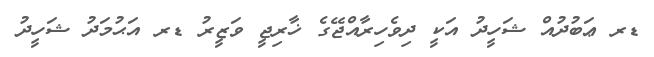
ޑރ ޢަބުދުއް ޝަހީދު އަކީ ދިވެހިރާއްޖޭގެ ޚާރިޖީ ވަޒީރު ޑރ އަޙުމަދު ޝަހީދު